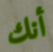
أنك